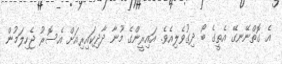
އެ ގޮތްނޭނގޭ އެތީގެ ބޯ ދިގުވެލިއެވެ. އައިރީންގެ މޫނާ ދާދިކައިރިއަށް އެސޮރު ޖެހިލަމުން